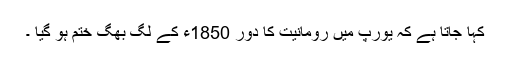
کہا جاتا ہے کہ یورپ میں رومانیت کا دور 1850ء کے لگ بھگ ختم ہو گیا ۔